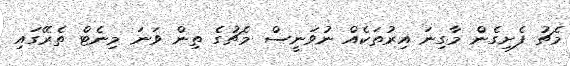
މެޗު ފެށިގެން މާގިނަ އިރުތަކެއް ނުވަނީސް މެޗުގެ ތިން ވަނަ މިނެޓް ތެރޭގައި